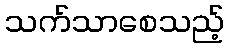
သက်သာစေသည့်